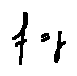
f = g